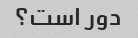
دور است؟